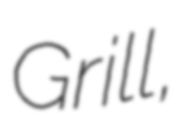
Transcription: Grill,